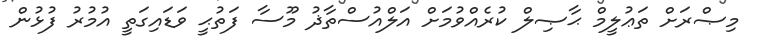
މިޞްރަށް ތަޢުލީމް ޙާޞިލް ކުރެއްވުމަށް އަލްއުސްތާޛު މޫސާ ފަތުޙީ ވަޑައިގަތީ އުމުރު ފުޅުން